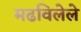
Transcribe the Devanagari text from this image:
मढविलेले